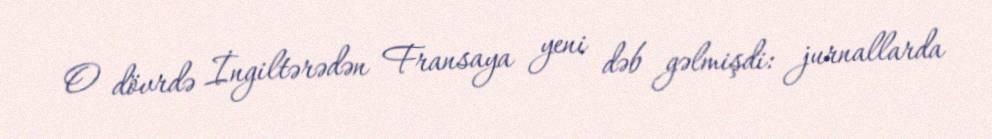
O dövrdə İngiltərədən Fransaya yeni dəb gəlmişdi: jurnallarda